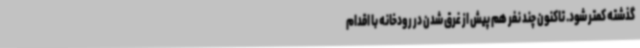
گذشته کمتر شود. تاکنون چند نفر هم پیش از غرق شدن در رودخانه با اقدام